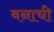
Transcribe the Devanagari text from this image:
बनाची